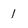
Character: 1